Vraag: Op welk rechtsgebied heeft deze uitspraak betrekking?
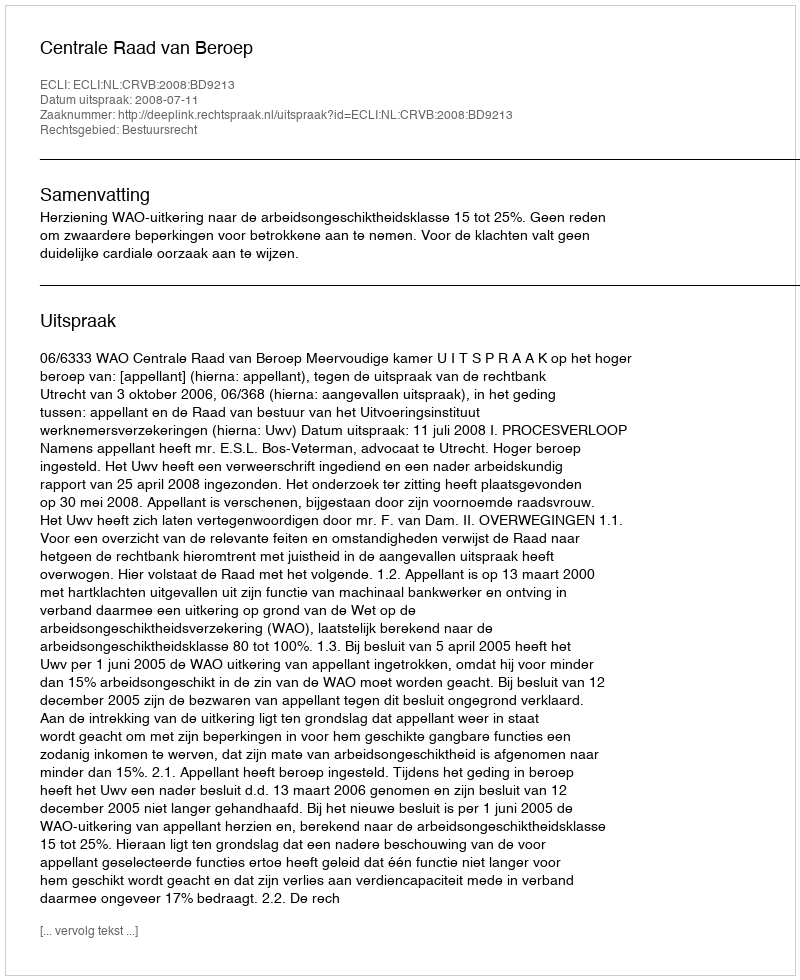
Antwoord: Bestuursrecht